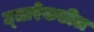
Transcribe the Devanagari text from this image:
उ्त्तरेकडील